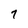
Character: 7